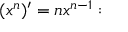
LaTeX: ( x ^ { n } ) ^ { \prime } = n x ^ { n - 1 } :